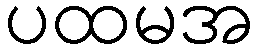
ပထမအ